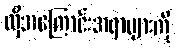
ထိုအကြောင်းအရာများကို